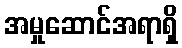
အမှုဆောင်အရာရှိ